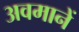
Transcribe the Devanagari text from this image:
अवमानें